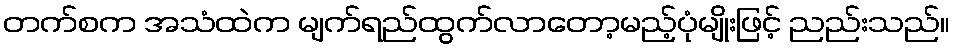
တက်စက အသံထဲက မျက်ရည်ထွက်လာတော့မည့်ပုံမျိုးဖြင့် ညည်းသည်။